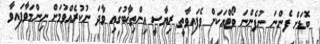
ބޮޑަށް ފެންނަ ނުފެންނަ ވޯޓްއަކަށް ވެފައިވާތީ ރިޔާސީ އިންތިޚާބުގައި ވާދަ ނުކުރެއްވުމަށް ނިންމަވާފައިވާ